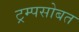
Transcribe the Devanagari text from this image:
ट्रम्पसोबत